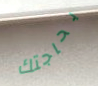
بحاجتك